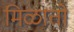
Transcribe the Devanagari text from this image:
मिळातो